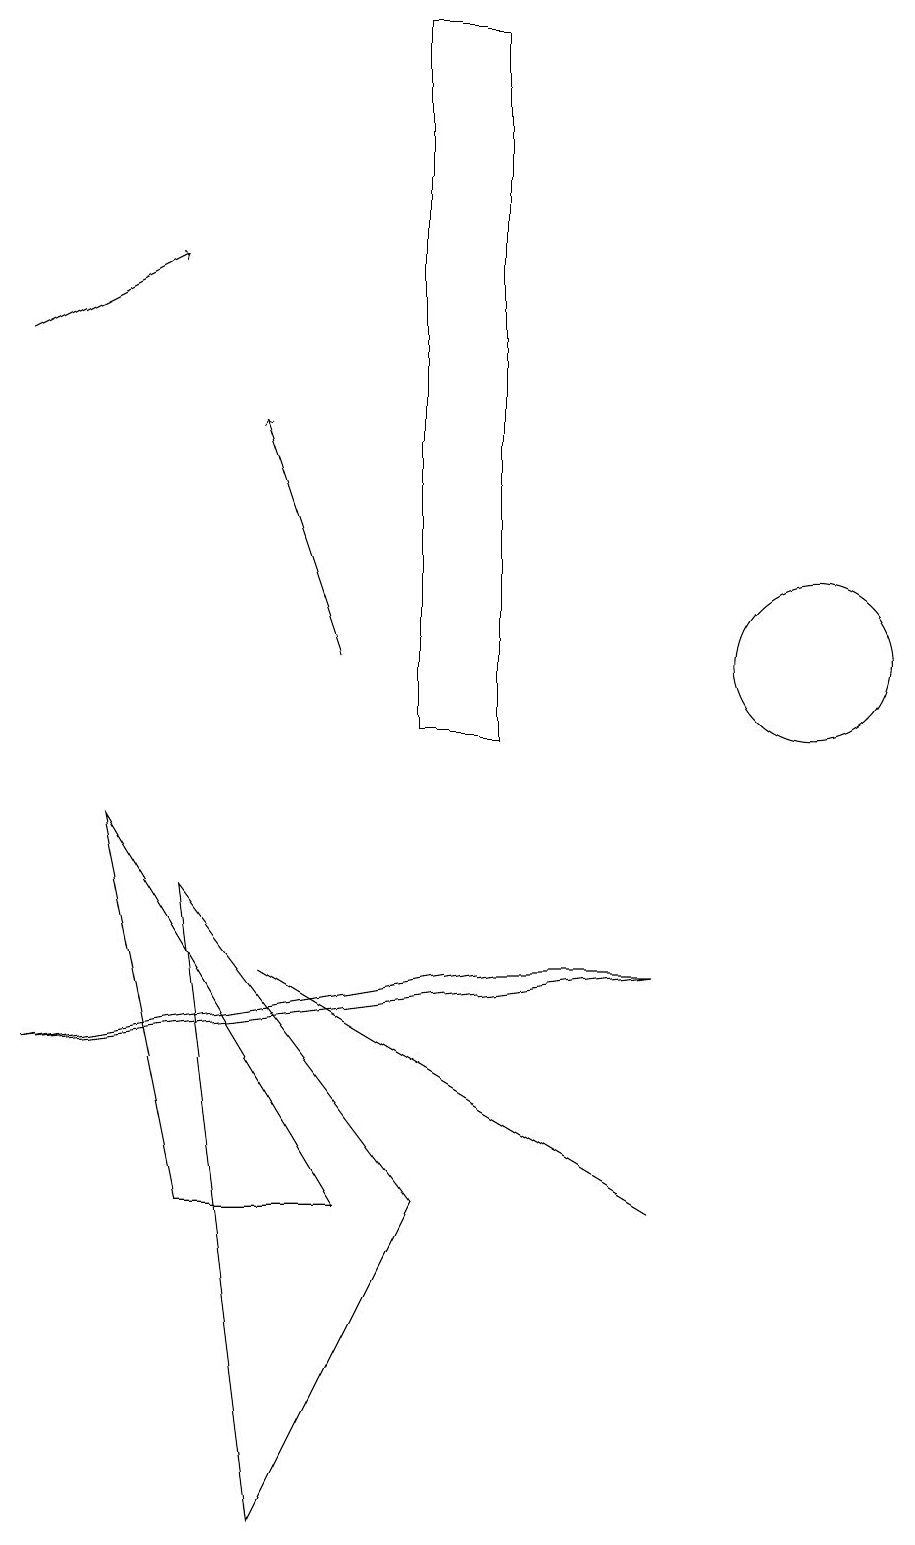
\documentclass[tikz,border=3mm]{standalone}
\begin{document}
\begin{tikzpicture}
\draw[->] (1,15) -- (3,16);
\draw (5,4) -- (3,4) -- (2,9) -- cycle;
\draw[->] (5,11) -- (4,14);
\draw (9,4) -- (9,4) -- (4,7) -- cycle;
\draw (4,0) -- (6,4) -- (3,8) -- cycle;
\draw (7,19) rectangle (6,10);
\draw (9,7) -- (7,7) -- (1,6) -- cycle;
\draw (11,11) circle (1);
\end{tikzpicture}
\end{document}